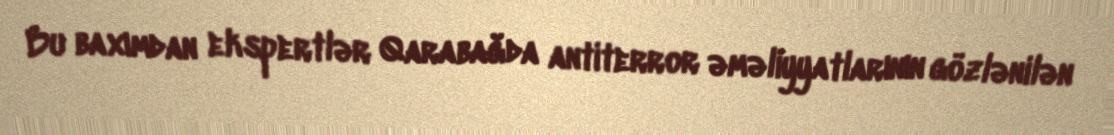
Bu baxımdan ekspertlər Qarabağda antiterror əməliyyatlarının gözlənilən